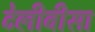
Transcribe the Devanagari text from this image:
टेलीवीसा